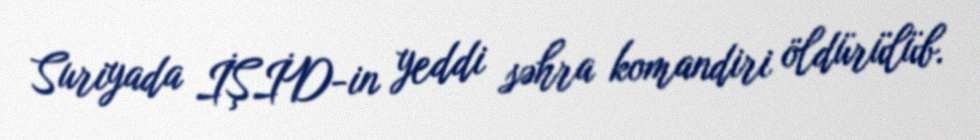
Suriyada İŞİD-in yeddi səhra komandiri öldürülüb.